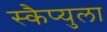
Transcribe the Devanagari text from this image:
स्कैप्युला